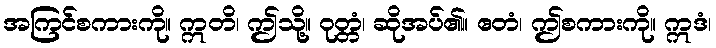
အကြင်စကားကို။ ဣတိ၊ ဤသို့။ ဝုတ္တံ၊ ဆိုအပ်၏။ ဧတံ၊ ဤစကားကို။ ဣဒံ၊